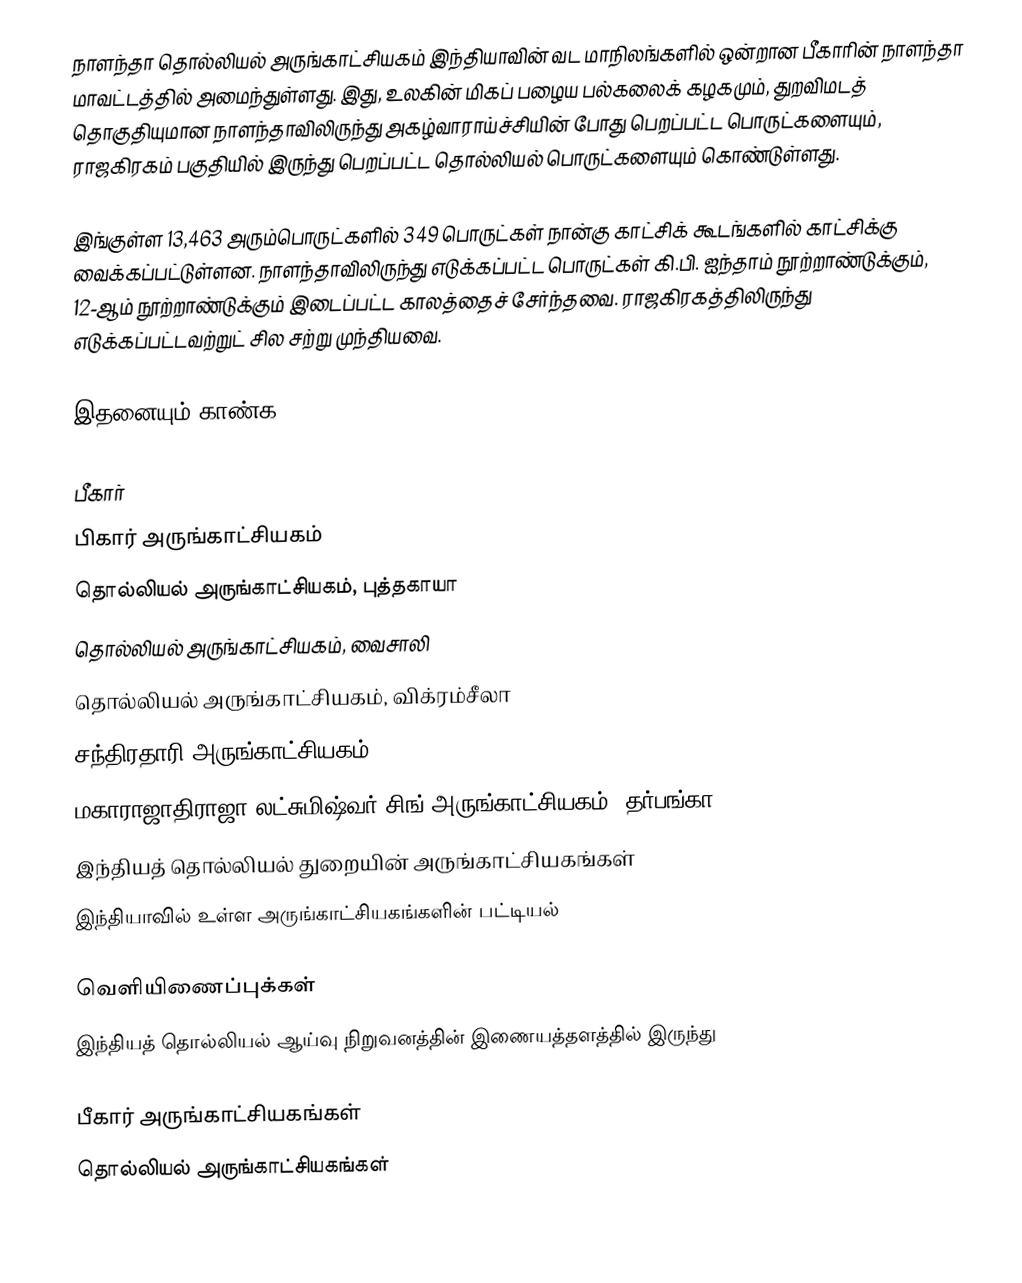
நாளந்தா தொல்லியல் அருங்காட்சியகம் இந்தியாவின் வட மாநிலங்களில் ஒன்றான பீகாரின் நாளந்தா மாவட்டத்தில் அமைந்துள்ளது. இது, உலகின் மிகப் பழைய பல்கலைக் கழகமும், துறவிமடத் தொகுதியுமான நாளந்தாவிலிருந்து அகழ்வாராய்ச்சியின் போது பெறப்பட்ட பொருட்களையும், ராஜகிரகம் பகுதியில் இருந்து பெறப்பட்ட தொல்லியல் பொருட்களையும் கொண்டுள்ளது.

இங்குள்ள 13,463 அரும்பொருட்களில் 349 பொருட்கள் நான்கு காட்சிக் கூடங்களில் காட்சிக்கு வைக்கப்பட்டுள்ளன. நாளந்தாவிலிருந்து எடுக்கப்பட்ட பொருட்கள் கி.பி. ஐந்தாம் நூற்றாண்டுக்கும், 12-ஆம் நூற்றாண்டுக்கும் இடைப்பட்ட காலத்தைச் சேர்ந்தவை. ராஜகிரகத்திலிருந்து எடுக்கப்பட்டவற்றுட் சில சற்று முந்தியவை.

இதனையும் காண்க

பீகார்
 பிகார் அருங்காட்சியகம்
 தொல்லியல் அருங்காட்சியகம், புத்தகாயா
 தொல்லியல் அருங்காட்சியகம், வைசாலி
 தொல்லியல் அருங்காட்சியகம், விக்ரம்சீலா
 சந்திரதாரி அருங்காட்சியகம்
 மகாராஜாதிராஜா லட்சுமிஷ்வர் சிங் அருங்காட்சியகம், தர்பங்கா
 இந்தியத் தொல்லியல் துறையின் அருங்காட்சியகங்கள்
இந்தியாவில் உள்ள அருங்காட்சியகங்களின் பட்டியல்

வெளியிணைப்புக்கள்
 இந்தியத் தொல்லியல் ஆய்வு நிறுவனத்தின் இணையத்தளத்தில் இருந்து

பீகார் அருங்காட்சியகங்கள்
தொல்லியல் அருங்காட்சியகங்கள்